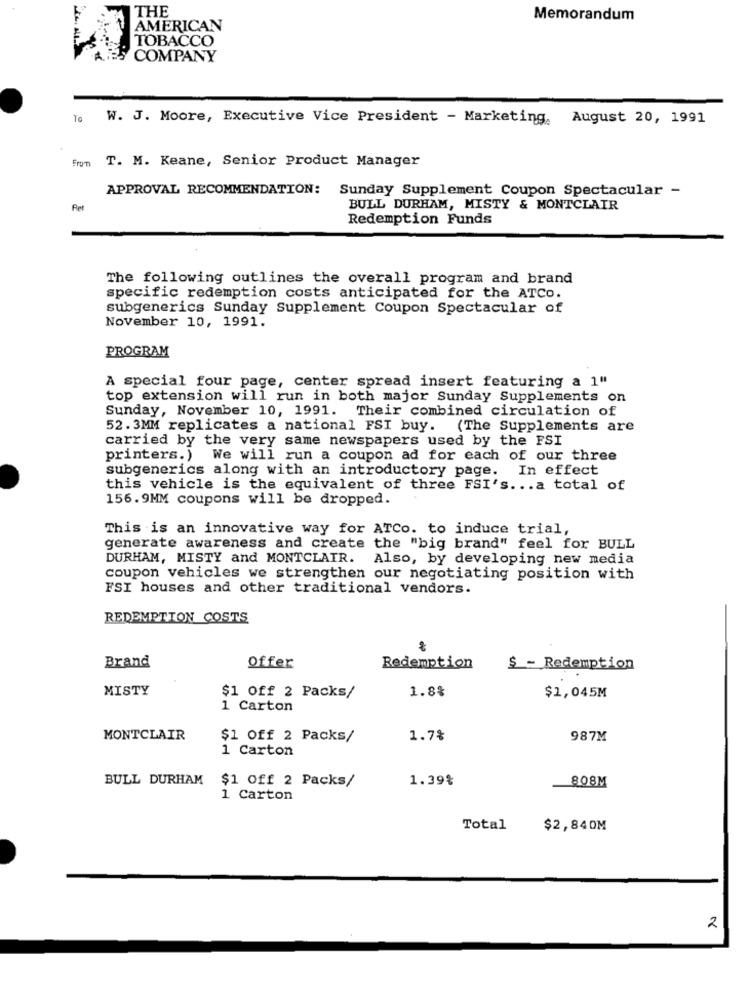
THE
Memorandum
AMERICAN
TOBACCO
COMPANY
To
W. J. Moore, Executive Vice President - Marketing, August 20, 1991
From
T. M. Keane, Senior Product Manager
APPROVAL RECOMMENDATION:
Sunday Supplement Coupon Spectacular -
Ret
BULL DURHAM, MISTY & MONTCLAIR
Redemption Funds
The following outlines the overall program and brand
specific redemption costs anticipated for the ATCO.
subgenerics Sunday Supplement Coupon Spectacular of
November 10, 1991.
PROGRAM
A special four page, center spread insert featuring a 1"
top extension will run in both major Sunday Supplements on
Sunday, November 10, 1991. Their combined circulation of
52.3MM replicates a national FSI buy. (The Supplements are
carried by the very same newspapers used by the FSI
printers.)
We will run a coupon ad for each of our three
subgenerics along with an introductory page. In effect
this vehicle is the equivalent of three FSI's ... a total of
156.9MM coupons will be dropped.
This is an innovative way for ATCo. to induce trial,
generate awareness and create the "big brand" feel for BULL
DURHAM, MISTY and MONTCLAIR. Also, by developing new media
coupon vehicles we strengthen our negotiating position with
FSI houses and other traditional vendors.
REDEMPTION COSTS
Brand
Offer
Redemption
$ - Redemption
MISTY
1.8%
$1 off 2 Packs/
$1,045M
1 Carton
MONTCLAIR
$1 Off 2 Packs/
1.7%
987M
1 Carton
BULL DURHAM $1 Off 2 Packs/
1.39%
808M
1 Carton
Total
$2,840M
2